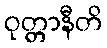
ဝုတ္တာနီတိ